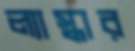
ল্যাস্কার